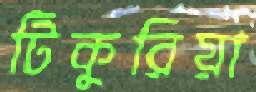
টিকুরিয়া